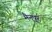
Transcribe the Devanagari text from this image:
मैनपूर